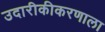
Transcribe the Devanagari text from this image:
उदारीकीकरणाला